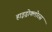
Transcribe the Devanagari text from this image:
हाइड्रोक्लोरस